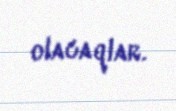
olacaqlar.